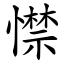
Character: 㦗